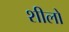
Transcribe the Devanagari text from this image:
शीलो